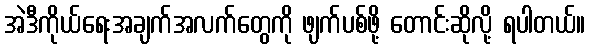
အဲဒီကိုယ်ရေးအချက်အလက်တွေကို ဖျက်ပစ်ဖို့ တောင်းဆိုလို့ ရပါတယ်။